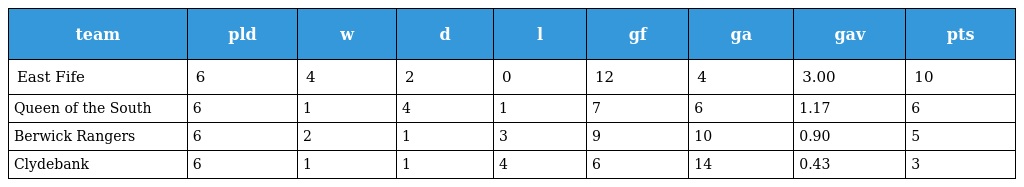
| team | pld | w | d | l | gf | ga | gav | pts |
 | --- | --- | --- | --- | --- | --- | --- | --- | --- |
 | East Fife | 6 | 4 | 2 | 0 | 12 | 4 | 3.00 | 10 |
 | Queen of the South | 6 | 1 | 4 | 1 | 7 | 6 | 1.17 | 6 |
 | Berwick Rangers | 6 | 2 | 1 | 3 | 9 | 10 | 0.90 | 5 |
 | Clydebank | 6 | 1 | 1 | 4 | 6 | 14 | 0.43 | 3 |